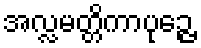
အလ္လမတ္တိကာပုဉ္ဇေ